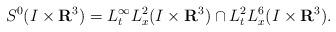
LaTeX: \begin{align*}S^{0}(I \times \mathbf{R}^{3}) = L_{t}^{\infty} L_{x}^{2}(I \times \mathbf{R}^{3}) \cap L_{t}^{2} L_{x}^{6}(I \times \mathbf{R}^{3}).\end{align*}